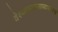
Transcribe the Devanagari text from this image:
वेश्याव्यवसायासारखे